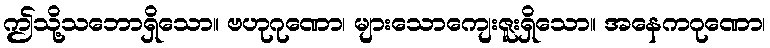
ဤသို့သဘောရှိသော။ ဗဟုဂုဏော၊ များသောကျေးဇူးရှိသော။ အနေကဂုဏော၊